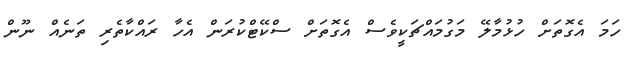
ހަމަ އެގޮތަށް ހުޅުމާލޭ މަގުމައްޗަކީވެސް އެގޮތަށް ސްކޭޓްކުރަން އެހާ ރައްކާތެރި ތަނެއް ނޫން